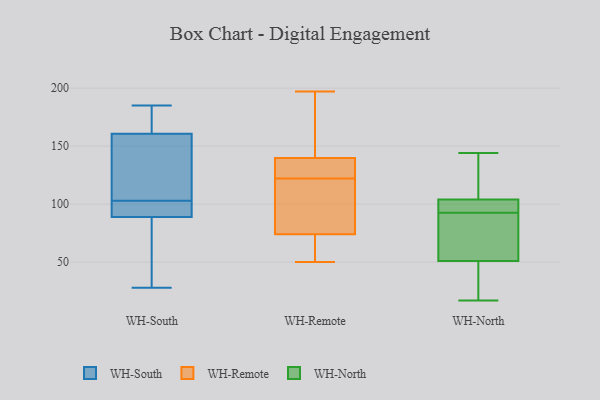
{"axis": {"x": "Active Users", "y": "Value"}, "legend": ["WH-North", "WH-Remote", "WH-South"], "data": [{"x": "", "y": 103, "type": "WH-South"}, {"x": "", "y": 98, "type": "WH-South"}, {"x": "", "y": 181, "type": "WH-South"}, {"x": "", "y": 100, "type": "WH-South"}, {"x": "", "y": 126, "type": "WH-South"}, {"x": "", "y": 60, "type": "WH-South"}, {"x": "", "y": 185, "type": "WH-South"}, {"x": "", "y": 182, "type": "WH-South"}, {"x": "", "y": 95, "type": "WH-South"}, {"x": "", "y": 71, "type": "WH-South"}, {"x": "", "y": 28, "type": "WH-South"}, {"x": "", "y": 154, "type": "WH-South"}, {"x": "", "y": 110, "type": "WH-South"}, {"x": "", "y": 185, "type": "WH-Remote"}, {"x": "", "y": 197, "type": "WH-Remote"}, {"x": "", "y": 141, "type": "WH-Remote"}, {"x": "", "y": 74, "type": "WH-Remote"}, {"x": "", "y": 107, "type": "WH-Remote"}, {"x": "", "y": 115, "type": "WH-Remote"}, {"x": "", "y": 102, "type": "WH-Remote"}, {"x": "", "y": 157, "type": "WH-Remote"}, {"x": "", "y": 167, "type": "WH-Remote"}, {"x": "", "y": 53, "type": "WH-Remote"}, {"x": "", "y": 133, "type": "WH-Remote"}, {"x": "", "y": 122, "type": "WH-Remote"}, {"x": "", "y": 136, "type": "WH-Remote"}, {"x": "", "y": 53, "type": "WH-Remote"}, {"x": "", "y": 127, "type": "WH-Remote"}, {"x": "", "y": 72, "type": "WH-Remote"}, {"x": "", "y": 74, "type": "WH-Remote"}, {"x": "", "y": 126, "type": "WH-Remote"}, {"x": "", "y": 50, "type": "WH-Remote"}, {"x": "", "y": 102, "type": "WH-North"}, {"x": "", "y": 122, "type": "WH-North"}, {"x": "", "y": 53, "type": "WH-North"}, {"x": "", "y": 62, "type": "WH-North"}, {"x": "", "y": 104, "type": "WH-North"}, {"x": "", "y": 104, "type": "WH-North"}, {"x": "", "y": 103, "type": "WH-North"}, {"x": "", "y": 17, "type": "WH-North"}, {"x": "", "y": 144, "type": "WH-North"}, {"x": "", "y": 24, "type": "WH-North"}, {"x": "", "y": 49, "type": "WH-North"}, {"x": "", "y": 83, "type": "WH-North"}]}